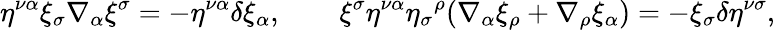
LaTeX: \eta^{\nu\alpha}\xi_{\sigma}\nabla_{\alpha}\xi^{\sigma}=-\eta^{\nu\alpha}\delta\xi_{\alpha},\qquad\xi^{\sigma}\eta^{\nu\alpha}\eta_{\sigma}{^{\rho}}(\nabla_{\alpha}\xi_{\rho}+\nabla_{\rho}\xi_{\alpha})=-\xi_{\sigma}\delta\eta^{\nu\sigma},